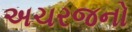
અચરજનો